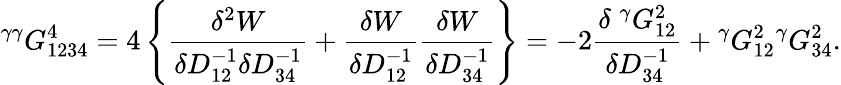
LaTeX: {}^{\gamma\gamma}G_{1234}^{4}=4\left\{ \frac{\delta^{2}W}{\delta D_{12}^{-1}\delta D_{34}^{-1}}+\frac{\delta W}{\delta D_{12}^{-1}}\frac{\delta W}{\delta D_{34}^{-1}}\right\} =-2\frac{\delta\; {}^{\gamma}G_{12}^{2}}{\delta D_{34}^{-1}}+{}^{\gamma}G_{12}^{2}{}^{\gamma}G_{34}^{2}.